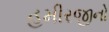
હમીરજીનો